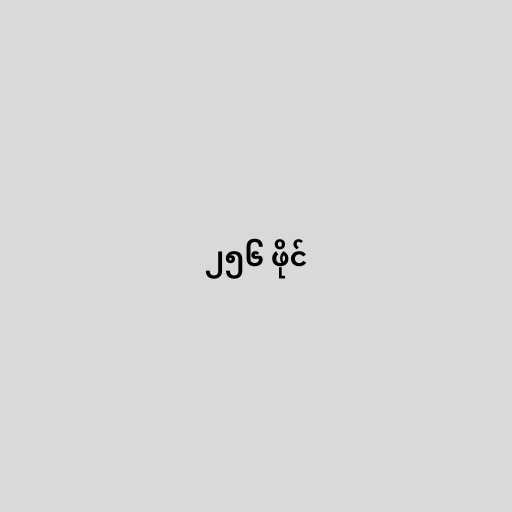
၂၅၆ ဖိုင်